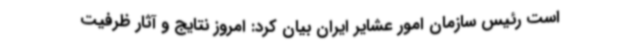
است رئیس سازمان امور عشایر ایران بیان کرد: امروز نتایج و آثار ظرفیت